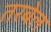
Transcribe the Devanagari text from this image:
तरबेल